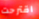
اقترحت